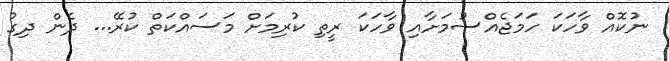
ނުކޮއް ވާހަކަ ހަމަޖެއްސުމަށާއި ވާހަކަ ރީތި ކުރިމަށް މަސައްކަތް ކުރޭ... ދެން ދިގު